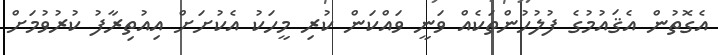
އެގޮތުން އެޤައުމުގެ ފުލުހުންތަކެއް ވަނީ ވައްކަން ކުރި މީހަކު އެކުށަށް އިއުތިރާފު ކުރުވުމަށް